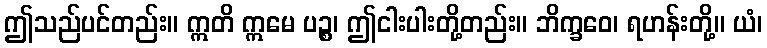
ဤသည်ပင်တည်း။ ဣတိ ဣမေ ပဉ္စ၊ ဤငါးပါးတို့တည်း။ ဘိက္ခဝေ၊ ရဟန်းတို့။ ယံ၊